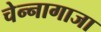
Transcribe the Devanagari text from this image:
चेन्‍नागाजा